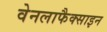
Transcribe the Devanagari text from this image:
वेनलाफैक्साइन